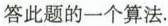
答此题的一个算法.